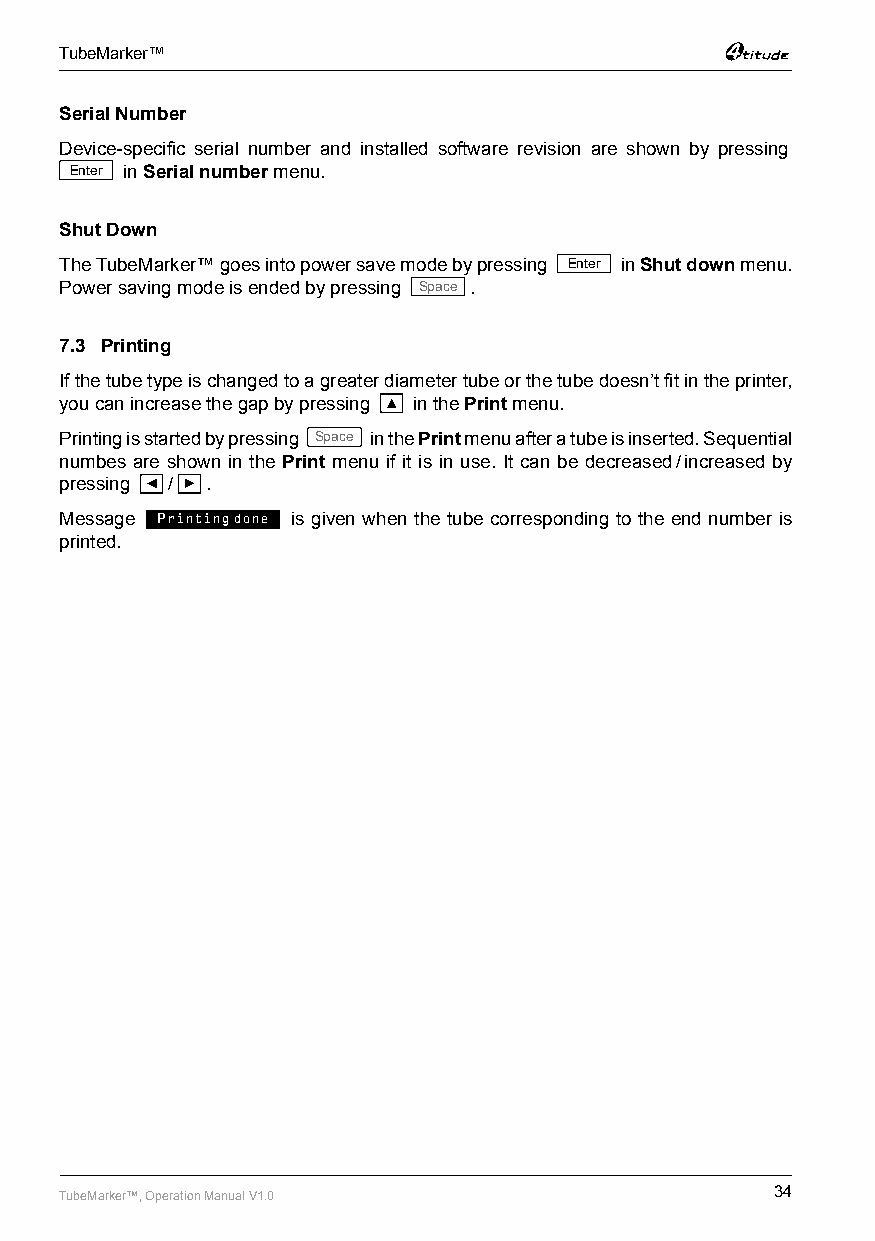
TubeMarker™
 Serial Number
 Device-specific serial number and installed software revision are shown by pressing
 Enter in Serial number menu.
 Shut Down
 The TubeMarker™ goes into power save mode by pressing Enter in Shut down menu.
 Power saving mode is ended by pressing Space .
 7.3 Printing
 If the tube type is changed to a greater diameter tube or the tube doesn’t fit in the printer,
 you can increase the gap by pressing ▲ in the Print menu.
 Printing is started by pressing Space in the Print menu after a tube is inserted. Sequential
 numbes are shown in the Print menu if it is in use. It can be decreased / increased by
 pressing ◄ / ► .
 Message Printing done is given when the tube corresponding to the end number is
 printed.
 TubeMarker™, Operation Manual V1.0             34